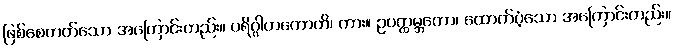
ဖြစ်စေတတ်သော အကြောင်းတည်း။ ပရိဂ္ဂါဟကောတိ၊ ကား။ ဥပတ္ထမ္ဘကော၊ ထောက်ပံ့သော အကြောင်းတည်း။